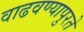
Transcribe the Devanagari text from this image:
वाढवण्यापुरते